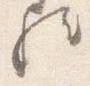
歟